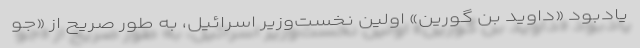
یادبود «داوید بن گورین» اولین نخست‌وزیر اسرائیل، به طور صریح از «جو